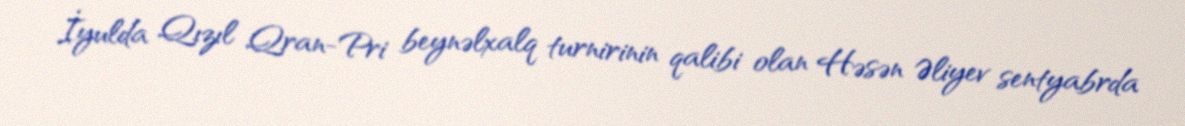
İyulda Qızıl Qran-Pri beynəlxalq turnirinin qalibi olan Həsən Əliyev sentyabrda